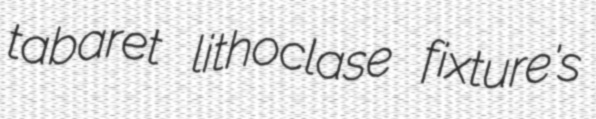
tabaret lithoclase fixture's